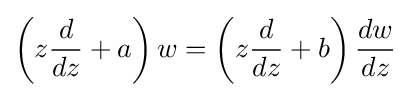
\left(z{\frac {d}{dz}}+a\right)w=\left(z{\frac {d}{dz}}+b\right){\frac {dw}{dz}}